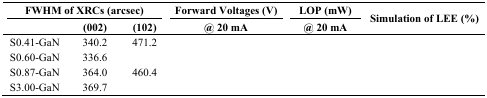
<table><thead><tr><td colspan="3"><b>FWHM of XRCs (arcsec)</b></td><td><b>Forward Voltages (V)</b></td><td><b>LOP (mW)</b></td><td rowspan="2"><b>Simulation of LEE (%)</b></td></tr><tr><td>[EMPTY_CELL]</td><td><b>(002)</b></td><td><b>(102)</b></td><td><b>@ 20 mA</b></td><td><b>@ 20 mA</b></td></tr></thead><tbody><tr><td>S0.41-GaN</td><td>340.2</td><td>471.2</td><td>[EMPTY_CELL]</td><td>[EMPTY_CELL]</td><td>[EMPTY_CELL]</td></tr><tr><td>S0.60-GaN</td><td>336.6</td><td>[EMPTY_CELL]</td><td>[EMPTY_CELL]</td><td>[EMPTY_CELL]</td><td>[EMPTY_CELL]</td></tr><tr><td>S0.87-GaN</td><td>364.0</td><td>460.4</td><td>[EMPTY_CELL]</td><td>[EMPTY_CELL]</td><td>[EMPTY_CELL]</td></tr><tr><td>S3.00-GaN</td><td>369.7</td><td>[EMPTY_CELL]</td><td>[EMPTY_CELL]</td><td>[EMPTY_CELL]</td><td>[EMPTY_CELL]</td></tr></tbody></table>